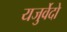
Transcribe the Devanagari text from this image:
यजुर्वेदो